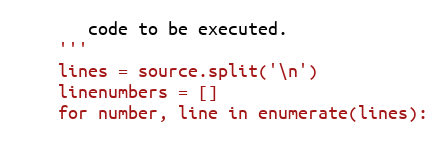
Language: Python
       code to be executed.
    '''
    lines = source.split('\n')
    linenumbers = []
    for number, line in enumerate(lines):